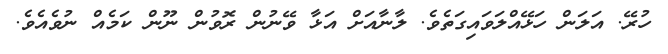
ހުރޭ. އަލަން ހަޅޭއްލަވައިގަތެވެ. ލާނާއަށް އަޅާ ވޭނުން ރޮވުން ނޫން ކަމެއް ނުވެއެވެ.